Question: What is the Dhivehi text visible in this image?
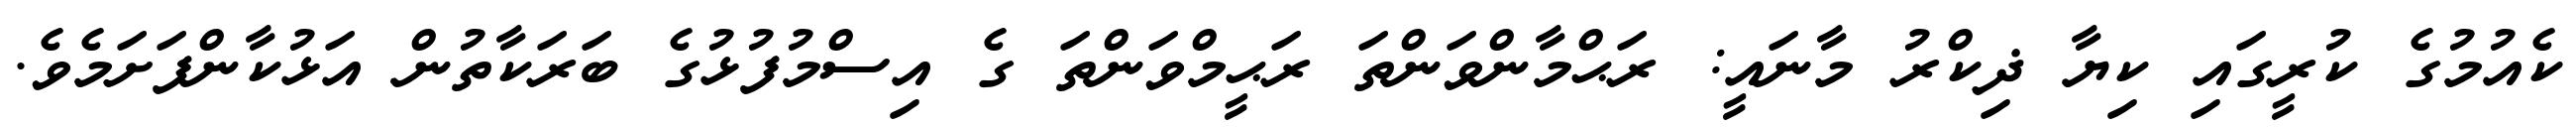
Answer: ކެއުމުގެ ކުރީގައި ކިޔާ ޛިކްރު މާނައީ: ރަޙްމާންވަންތަ ރަޙީމްވަންތަ ގެ އިސްމުފުޅުގެ ބަރަކާތުން އަޅުކާންފަށަމެވެ.